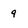
Character: 9